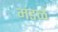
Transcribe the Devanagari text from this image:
मंडळं